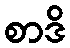
စာဒိ